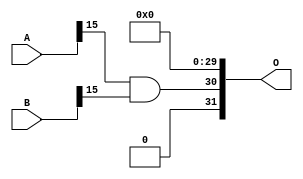
/***
* This code is a part of EvoApproxLib library (ehw.fit.vutbr.cz/approxlib) distributed under The MIT License.
* When used, please cite the following article(s): V. Mrazek, Z. Vasicek, L. Sekanina, H. Jiang and J. Han, "Scalable Construction of Approximate Multipliers With Formally Guaranteed Worst Case Error" in IEEE Transactions on Very Large Scale Integration (VLSI) Systems, vol. 26, no. 11, pp. 2572-2576, Nov. 2018. doi: 10.1109/TVLSI.2018.2856362 
* This file contains a circuit from a sub-set of pareto optimal circuits with respect to the pwr and ep parameters
***/
// MAE% = 18.75 %
// MAE = 805273600 
// WCE% = 75.00 %
// WCE = 3221094401 
// WCRE% = 100.00 %
// EP% = 100.00 %
// MRE% = 87.99 %
// MSE = 10407.645e14 
// PDK45_PWR = 0.0003 mW
// PDK45_AREA = 2.3 um2
// PDK45_DELAY = 0.04 ns


module mul16u_HF0 ( A, B, O );
  input [15:0] A;
  input [15:0] B;
  output [31:0] O;

  wire S_15_15,S_16_14;

  assign S_15_15 = (A[15] & B[15]);
  assign S_16_14 = S_15_15;
  assign O = {1'b0,S_16_14,1'b0,1'b0,1'b0,1'b0,1'b0,1'b0,1'b0,1'b0,1'b0,1'b0,1'b0,1'b0,1'b0,1'b0,1'b0,1'b0,1'b0,1'b0,1'b0,1'b0,1'b0,1'b0,1'b0,1'b0,1'b0,1'b0,1'b0,1'b0,1'b0,1'b0};

endmodule